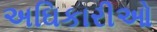
અઘિકારીઓ